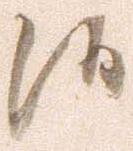
候